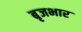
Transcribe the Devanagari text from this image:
बृजभार